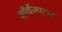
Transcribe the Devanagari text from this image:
नॉर्थैम्पटन